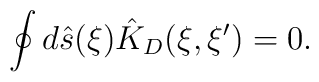
\oint{d}\hat{s}(\xi){\hat{K}_D}(\xi,\xi')=0.